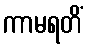
ကာမရတိံ